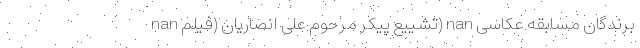
nan تشییع پیکر مرحوم علی انصاریان (فیلم) nan برندگان مسابقه عکاسی